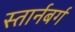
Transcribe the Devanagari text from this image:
स्तार्नबर्ग